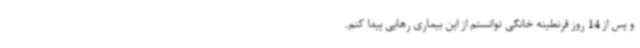
و پس از 14 روز قرنطینه خانگی توانستم از این بیماری رهایی پیدا کنم.